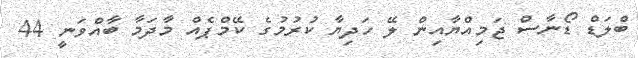
ބްލަޑް ޑޯނާސް ޖަމިއްޔާއިން ލޭ ހަދިޔާ ކުރުމުގެ ކޭމްޕެއް މާދަމާ ބާއްވަނީ 44